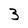
Character: 3